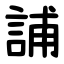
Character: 誧